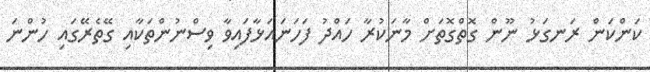
ކަންކަން ރަނގަޅު ނޫން ގޮތްގޮތަށް މާނަކުރާ ހައްދު ފަހަނައަޅާފައިވާ ވިސްނުންތަކާއި ގޭތެރޭގައި ހުންނަ